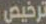
ترخيص